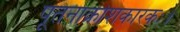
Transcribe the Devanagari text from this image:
पूतनाक्रोशकारकः।